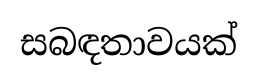
සබඳතාවයක්